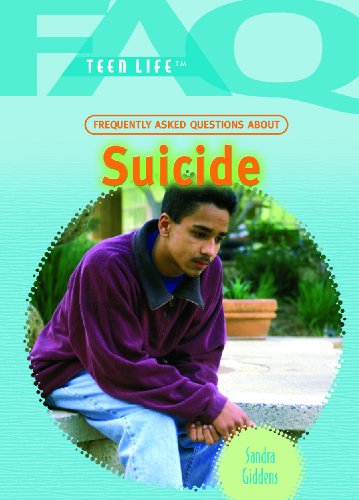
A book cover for Frequently Asked Questions about Suicide (FAQ: Teen Life); Sandra Giddens; Teen & Young Adult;